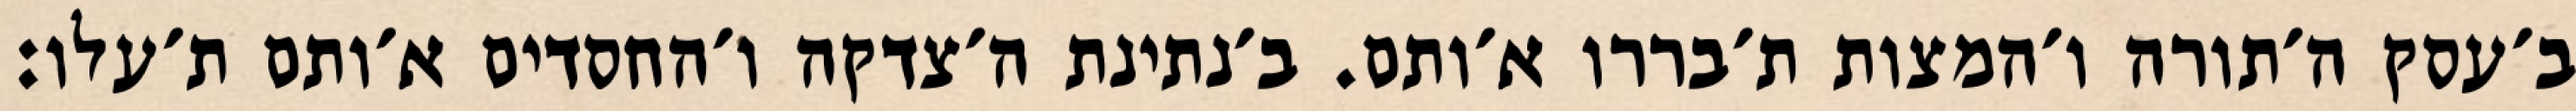
ב׳עסק ה׳תורה ו׳המצות ת׳בררו א׳ותם. ב׳נתינת ה׳צדקה ו׳החסדים א׳ותם ת׳עלו: